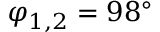
\varphi _ { 1 , 2 } = 9 8 ^ { \circ }